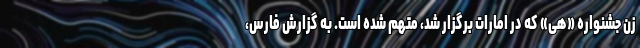
زن جشنواره «هی» که در امارات برگزار شد، متهم شده است. به گزارش فارس،